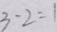
3 - 2 = 1